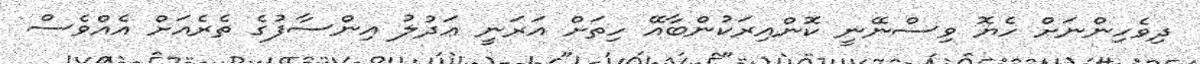
ދިވެހިންނަށް ހެޔޮ ވިސްނޭނީ ކޮންއިރަކުންބާއޭ ހިތަށް އަރަނީ ޢަދުލު އިންސާފުގެ ތެރެއަށް އެއްވެސް